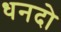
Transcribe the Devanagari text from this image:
धनदो